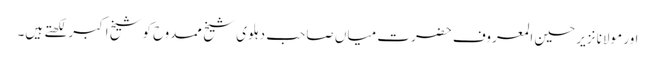
اور مولانا نزیر حسین المعروف حضرت میاں صاحب دہلوی شیخ ممدوح کوشیخ اکبر لکھتے ہیں۔